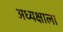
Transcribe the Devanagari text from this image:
अध्यक्षाला